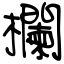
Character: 欄